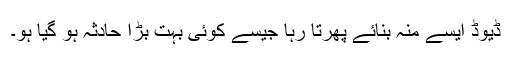
ڈیوڈ ایسے منہ بنائے پھرتا رہا جیسے کوئی بہت بڑا حادثہ ہو گیا ہو۔